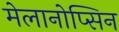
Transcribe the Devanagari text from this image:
मेलानोप्सिन